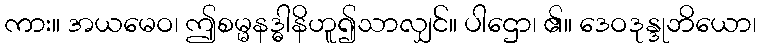
ကား။ အယမေဝ၊ ဤစမ္မနဒ္ဓါနိဟူ၍သာလျှင်။ ပါဌော၊ ၏။ ဒေဝဒုန္ဒုဘိယော၊